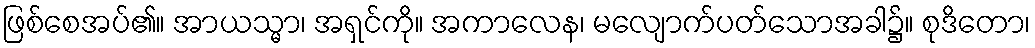
ဖြစ်စေအပ်၏။ အာယသ္မာ၊ အရှင်ကို။ အကာလေန၊ မလျောက်ပတ်သောအခါ၌။ စုဒိတော၊